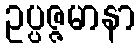
ဥပ္ပဇ္ဇမာနာ